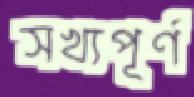
সখ্যপূর্ণ